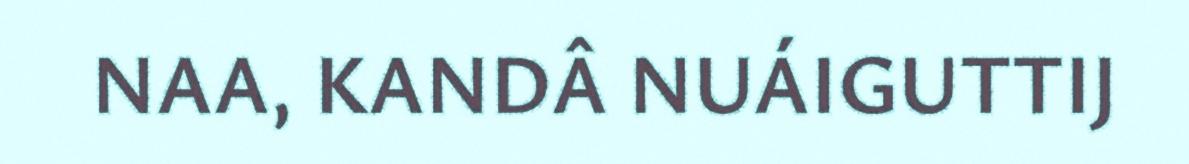
NAA, KANDÂ NUÁIGUTTIJ